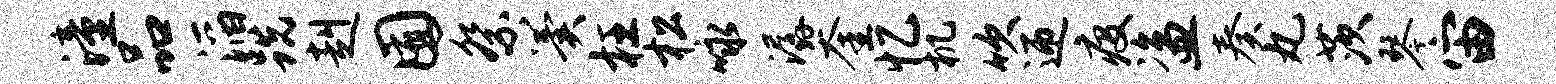
潼品滔跣赳囿祭翼枉松咏潺奎忆机吹迎疫盗奏丸茨琴宙